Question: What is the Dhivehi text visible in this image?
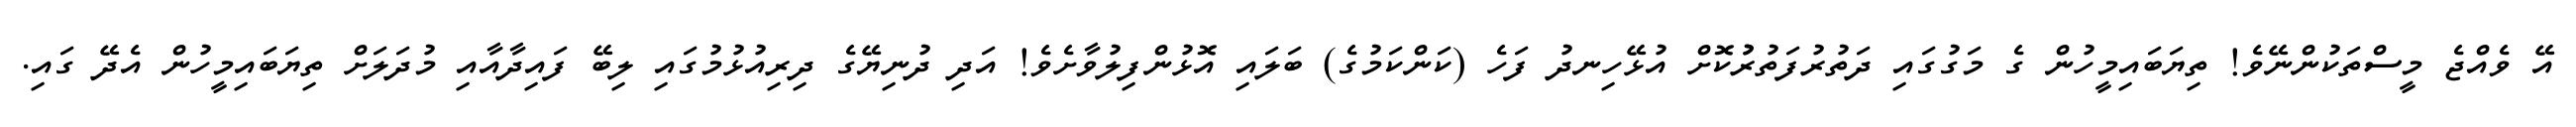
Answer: އޭ ވެއްޖެ މީސްތަކުންނޭވެ! ތިޔަބައިމީހުން ގެ މަގުގައި ދަތުރުފަތުރުުކޮށް އުޅޭހިނދު ފަހެ (ކަންކަމުގެ) ބަލައި އޮޅުންފިލުވާށެވެ! އަދި ދުނިޔޭގެ ދިރިއުޅުމުގައި ލިބޭ ފައިދާއާއި މުދަލަށް ތިޔަބައިމީހުން އެދޭ ގައި.